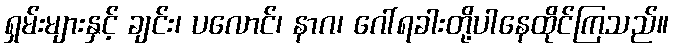
ရှမ်းများနှင့် ချင်း၊ ပလောင်၊ နာဂ၊ ဂေါ်ရခါးတို့ပါနေထိုင်ကြသည်။